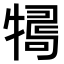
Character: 𤛒